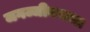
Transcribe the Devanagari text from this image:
जगज्जीवनाचा